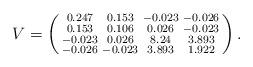
LaTeX: \begin{align*}V = \left(\begin{smallmatrix} 0.247 & 0.153 & -0.023 & -0.026 \\ 0.153 & 0.106 & 0.026 & -0.023 \\ -0.023 & 0.026 & 8.24 & 3.893 \\ -0.026 & -0.023 & 3.893 & 1.922 \\\end{smallmatrix}\right).\end{align*}